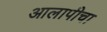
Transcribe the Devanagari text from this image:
आलापीचा